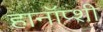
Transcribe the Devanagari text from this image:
हानॉप्शी